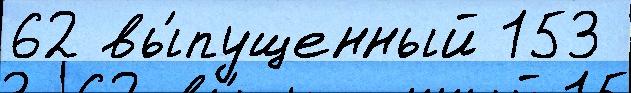
62 вы́пущенный 153